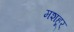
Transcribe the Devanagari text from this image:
मशहूर्